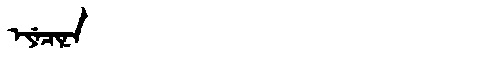
Manchu: ᡝᠶᡝᠴᡳᠨᠠ
Romanization: EYECINA